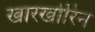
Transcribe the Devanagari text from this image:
खारखोरिन